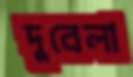
দুবেলা